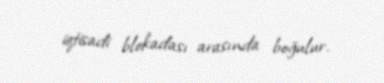
iqtisadi blokadası arasında boğulur.